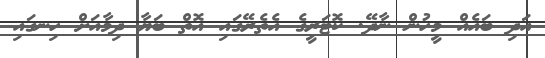
އަދި ބައެއް މީހުން ނާދޭ. ކޮޓަރީގެ އެތެރޭގައި އޮތް ބަޔާ ދިމާއަށް ހިނގައި